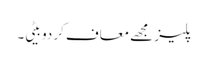
پلیز مجھے معاف کر دو بیٹی۔